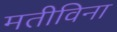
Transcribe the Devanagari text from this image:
मतीविना